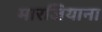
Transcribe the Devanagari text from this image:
मारजियाना